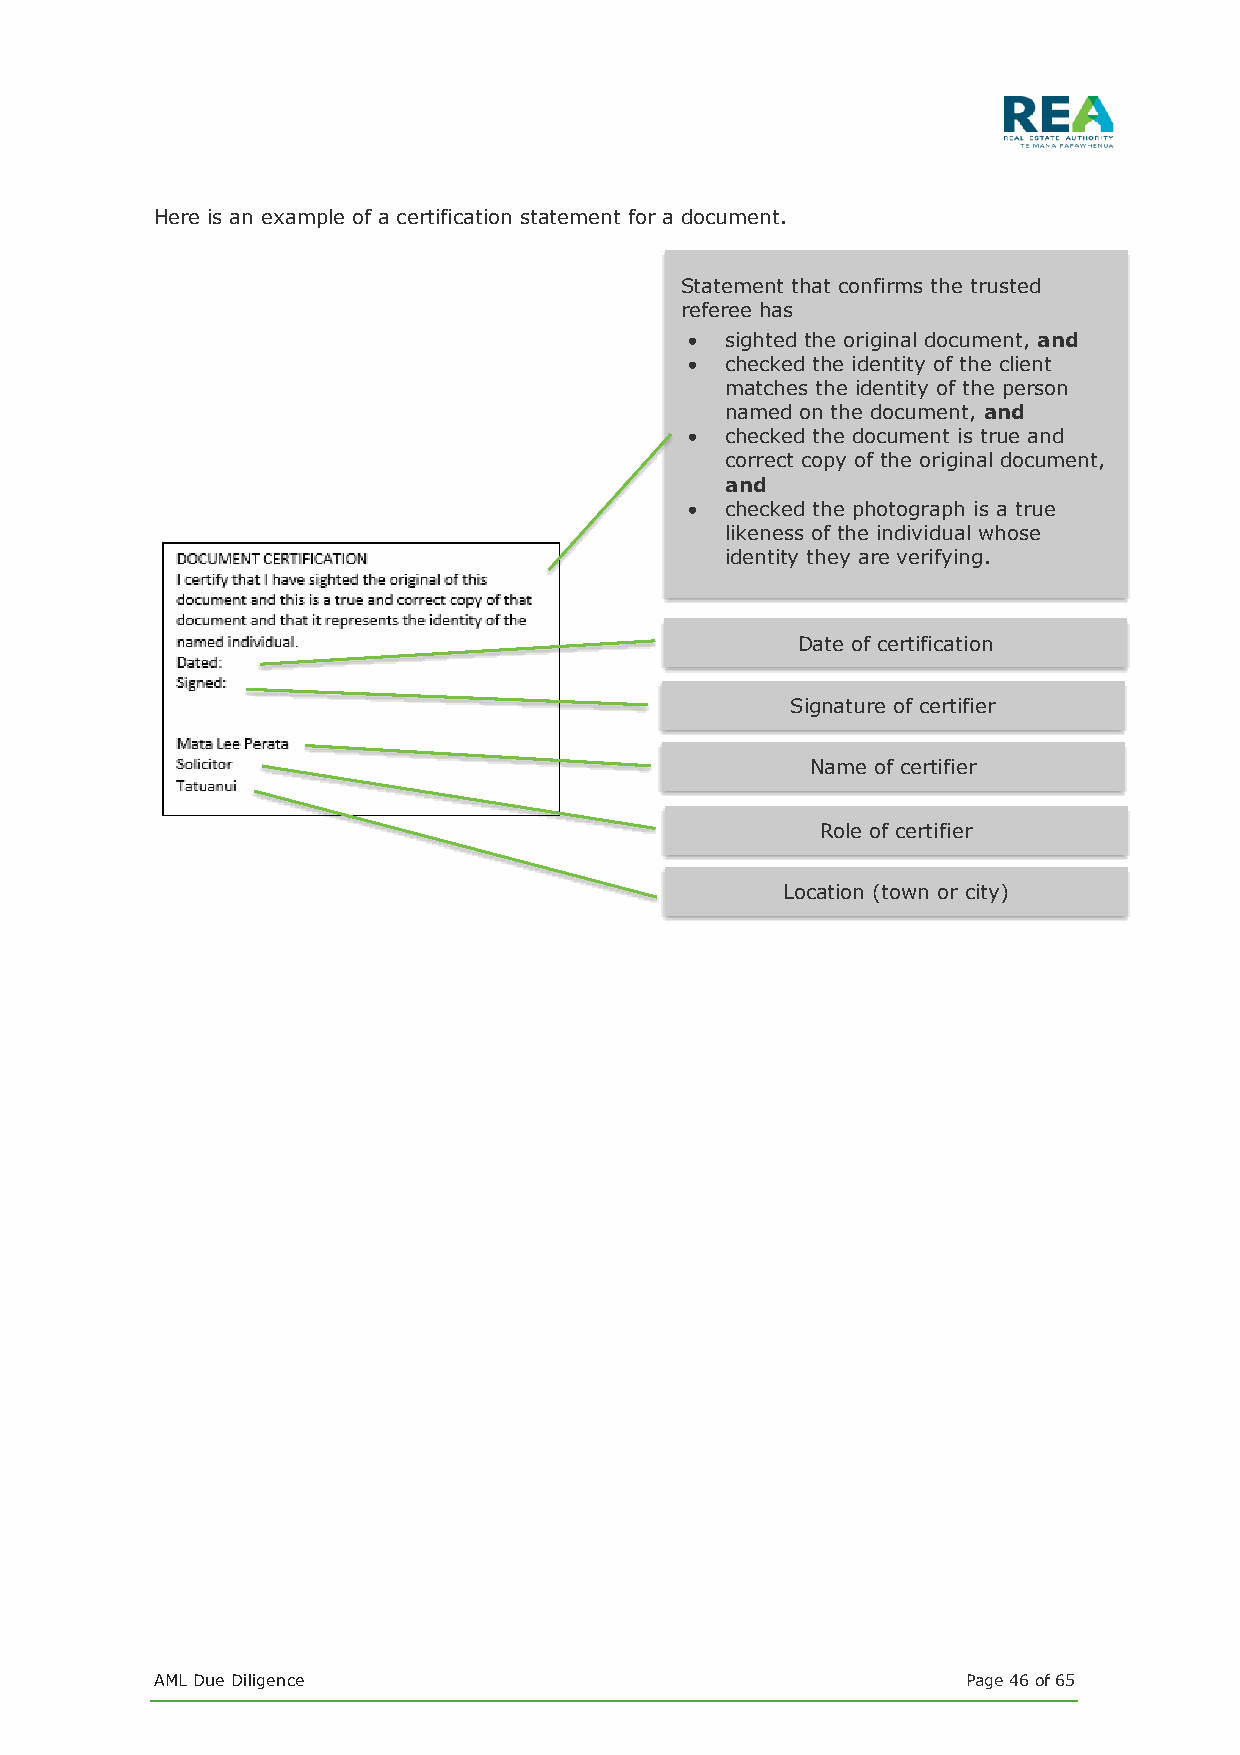
Here is an example of a certification statement for a document.
 Statement that confirms the trusted
 referee has
 • sighted the original document, and
 • checked the identity of the client
 matches the identity of the person
 named on the document, and
 • checked the document is true and
 correct copy of the original document,
 and
 • checked the photograph is a true
 likeness of the individual whose
 identity they are verifying.
 Date of certification
 Signature of certifier
 Name of certifier
 Role of certifier
 Location (town or city)
 AML Due Diligence                                     Page 46 of 65